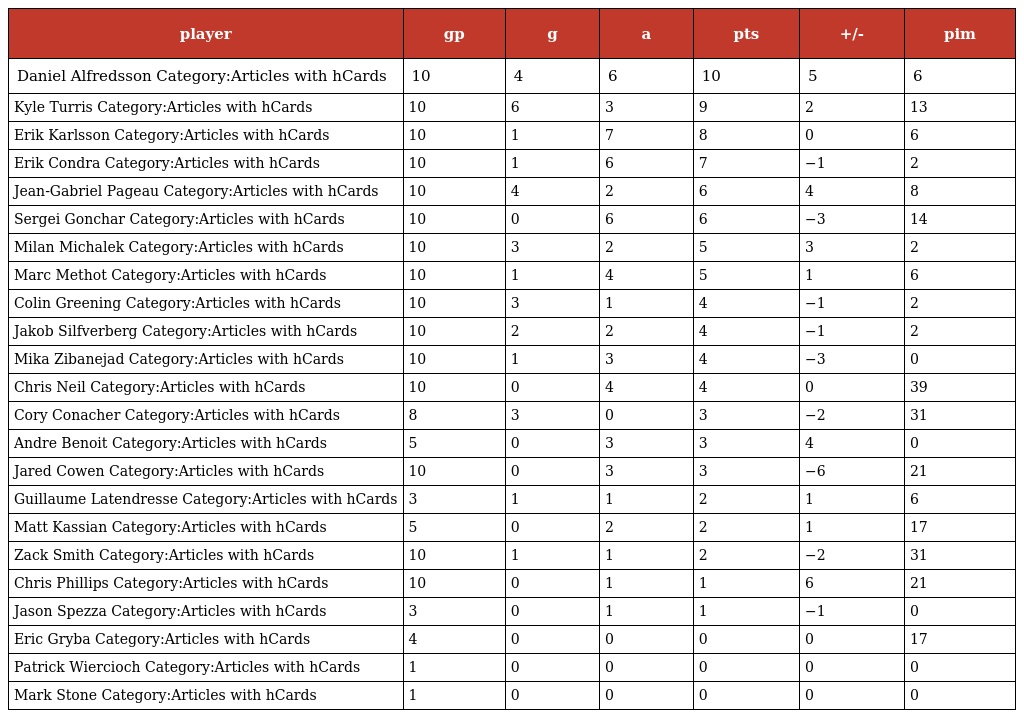
| player | gp | g | a | pts | +/- | pim |
 | --- | --- | --- | --- | --- | --- | --- |
 | Daniel Alfredsson Category:Articles with hCards | 10 | 4 | 6 | 10 | 5 | 6 |
 | Kyle Turris Category:Articles with hCards | 10 | 6 | 3 | 9 | 2 | 13 |
 | Erik Karlsson Category:Articles with hCards | 10 | 1 | 7 | 8 | 0 | 6 |
 | Erik Condra Category:Articles with hCards | 10 | 1 | 6 | 7 | −1 | 2 |
 | Jean-Gabriel Pageau Category:Articles with hCards | 10 | 4 | 2 | 6 | 4 | 8 |
 | Sergei Gonchar Category:Articles with hCards | 10 | 0 | 6 | 6 | −3 | 14 |
 | Milan Michalek Category:Articles with hCards | 10 | 3 | 2 | 5 | 3 | 2 |
 | Marc Methot Category:Articles with hCards | 10 | 1 | 4 | 5 | 1 | 6 |
 | Colin Greening Category:Articles with hCards | 10 | 3 | 1 | 4 | −1 | 2 |
 | Jakob Silfverberg Category:Articles with hCards | 10 | 2 | 2 | 4 | −1 | 2 |
 | Mika Zibanejad Category:Articles with hCards | 10 | 1 | 3 | 4 | −3 | 0 |
 | Chris Neil Category:Articles with hCards | 10 | 0 | 4 | 4 | 0 | 39 |
 | Cory Conacher Category:Articles with hCards | 8 | 3 | 0 | 3 | −2 | 31 |
 | Andre Benoit Category:Articles with hCards | 5 | 0 | 3 | 3 | 4 | 0 |
 | Jared Cowen Category:Articles with hCards | 10 | 0 | 3 | 3 | −6 | 21 |
 | Guillaume Latendresse Category:Articles with hCards | 3 | 1 | 1 | 2 | 1 | 6 |
 | Matt Kassian Category:Articles with hCards | 5 | 0 | 2 | 2 | 1 | 17 |
 | Zack Smith Category:Articles with hCards | 10 | 1 | 1 | 2 | −2 | 31 |
 | Chris Phillips Category:Articles with hCards | 10 | 0 | 1 | 1 | 6 | 21 |
 | Jason Spezza Category:Articles with hCards | 3 | 0 | 1 | 1 | −1 | 0 |
 | Eric Gryba Category:Articles with hCards | 4 | 0 | 0 | 0 | 0 | 17 |
 | Patrick Wiercioch Category:Articles with hCards | 1 | 0 | 0 | 0 | 0 | 0 |
 | Mark Stone Category:Articles with hCards | 1 | 0 | 0 | 0 | 0 | 0 |